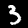
Label: 3